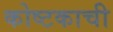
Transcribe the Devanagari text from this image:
कोष्टकाची